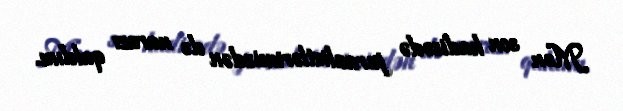
Mən son hadisədə jurnalistlərimizdən də narazı qaldım.